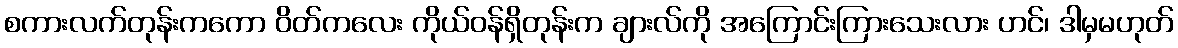
စကားလက်တုန်းကကော ဝိတ်ကလေး ကိုယ်ဝန်ရှိတုန်းက ချားလ်ကို အကြောင်းကြားသေးလား ဟင်၊ ဒါမှမဟုတ်